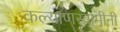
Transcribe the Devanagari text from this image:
कल्याणस्वामीनी